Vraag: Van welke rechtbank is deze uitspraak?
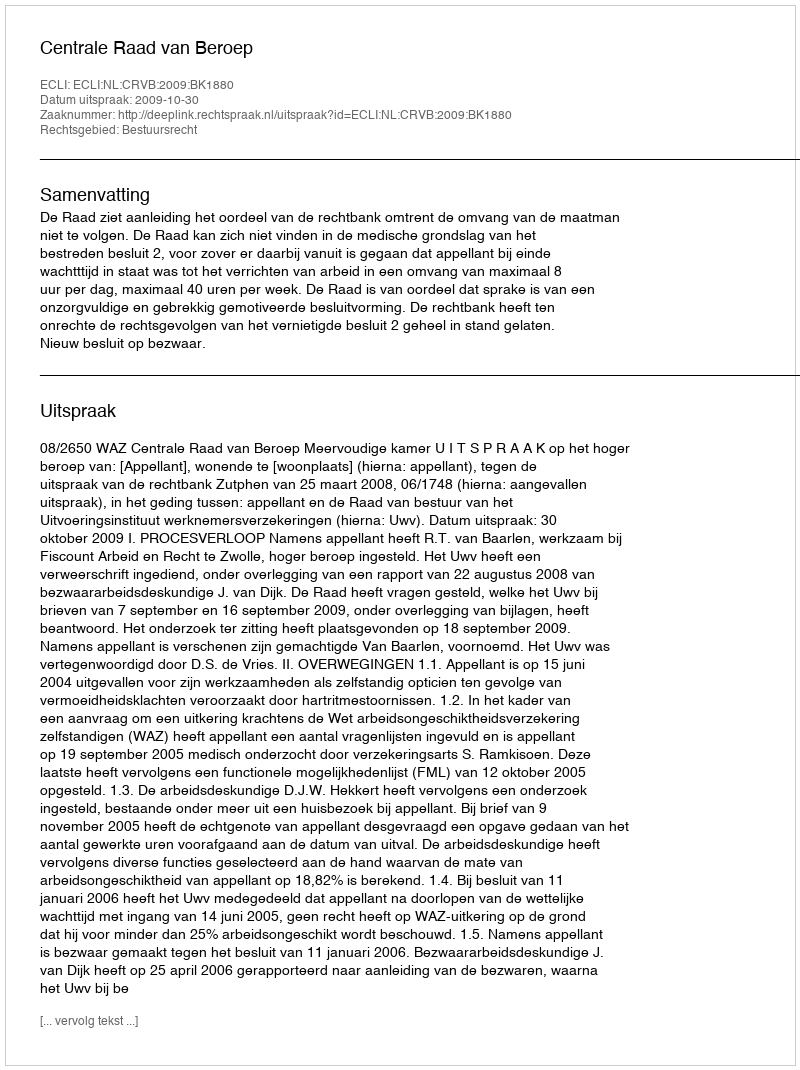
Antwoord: Centrale Raad van Beroep